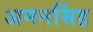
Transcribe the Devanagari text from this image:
अमनसिंह